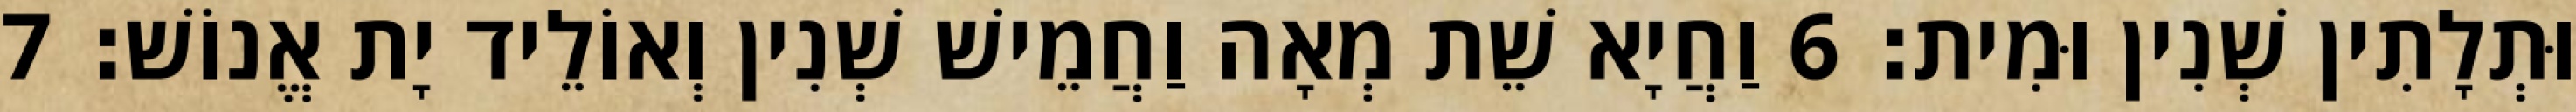
וּתְלָתִין שְׁנִין וּמִית׃ 6 וַחֲיָא שֵׁת מְאָה וַחֲמֵישׁ שְׁנִין וְאוֹלֵיד יָת אֱנוֹשׁ׃ 7